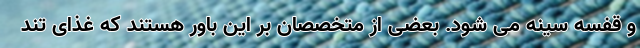
و قفسه سینه می شود. بعضی از متخصصان بر این باور هستند که غذای تند